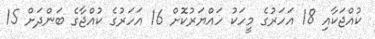
ކުއްޖަކާއި 18 އަހަރުގެ މީހަކު ހައްޔަރުކޮށް 16 އަހަރުގެ ކުއްޖާގެ ބަންދަށް 15